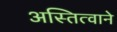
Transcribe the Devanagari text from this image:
अस्तित्वाने